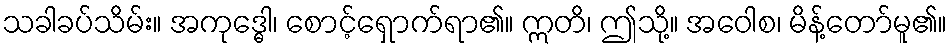
သခါခပ်သိမ်း။ အကုဒ္ဓေါ၊ စောင့်ရှောက်ရာ၏။ ဣတိ၊ ဤသို့။ အဝေါစ၊ မိန့်တော်မူ၏။